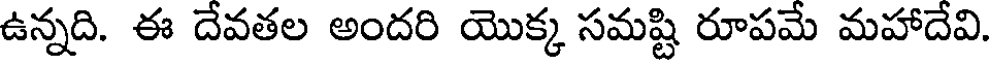
ఉన్నది. ఈ దేవతల అందరి యొక్క సమష్టి రూపమే మహాదేవి.